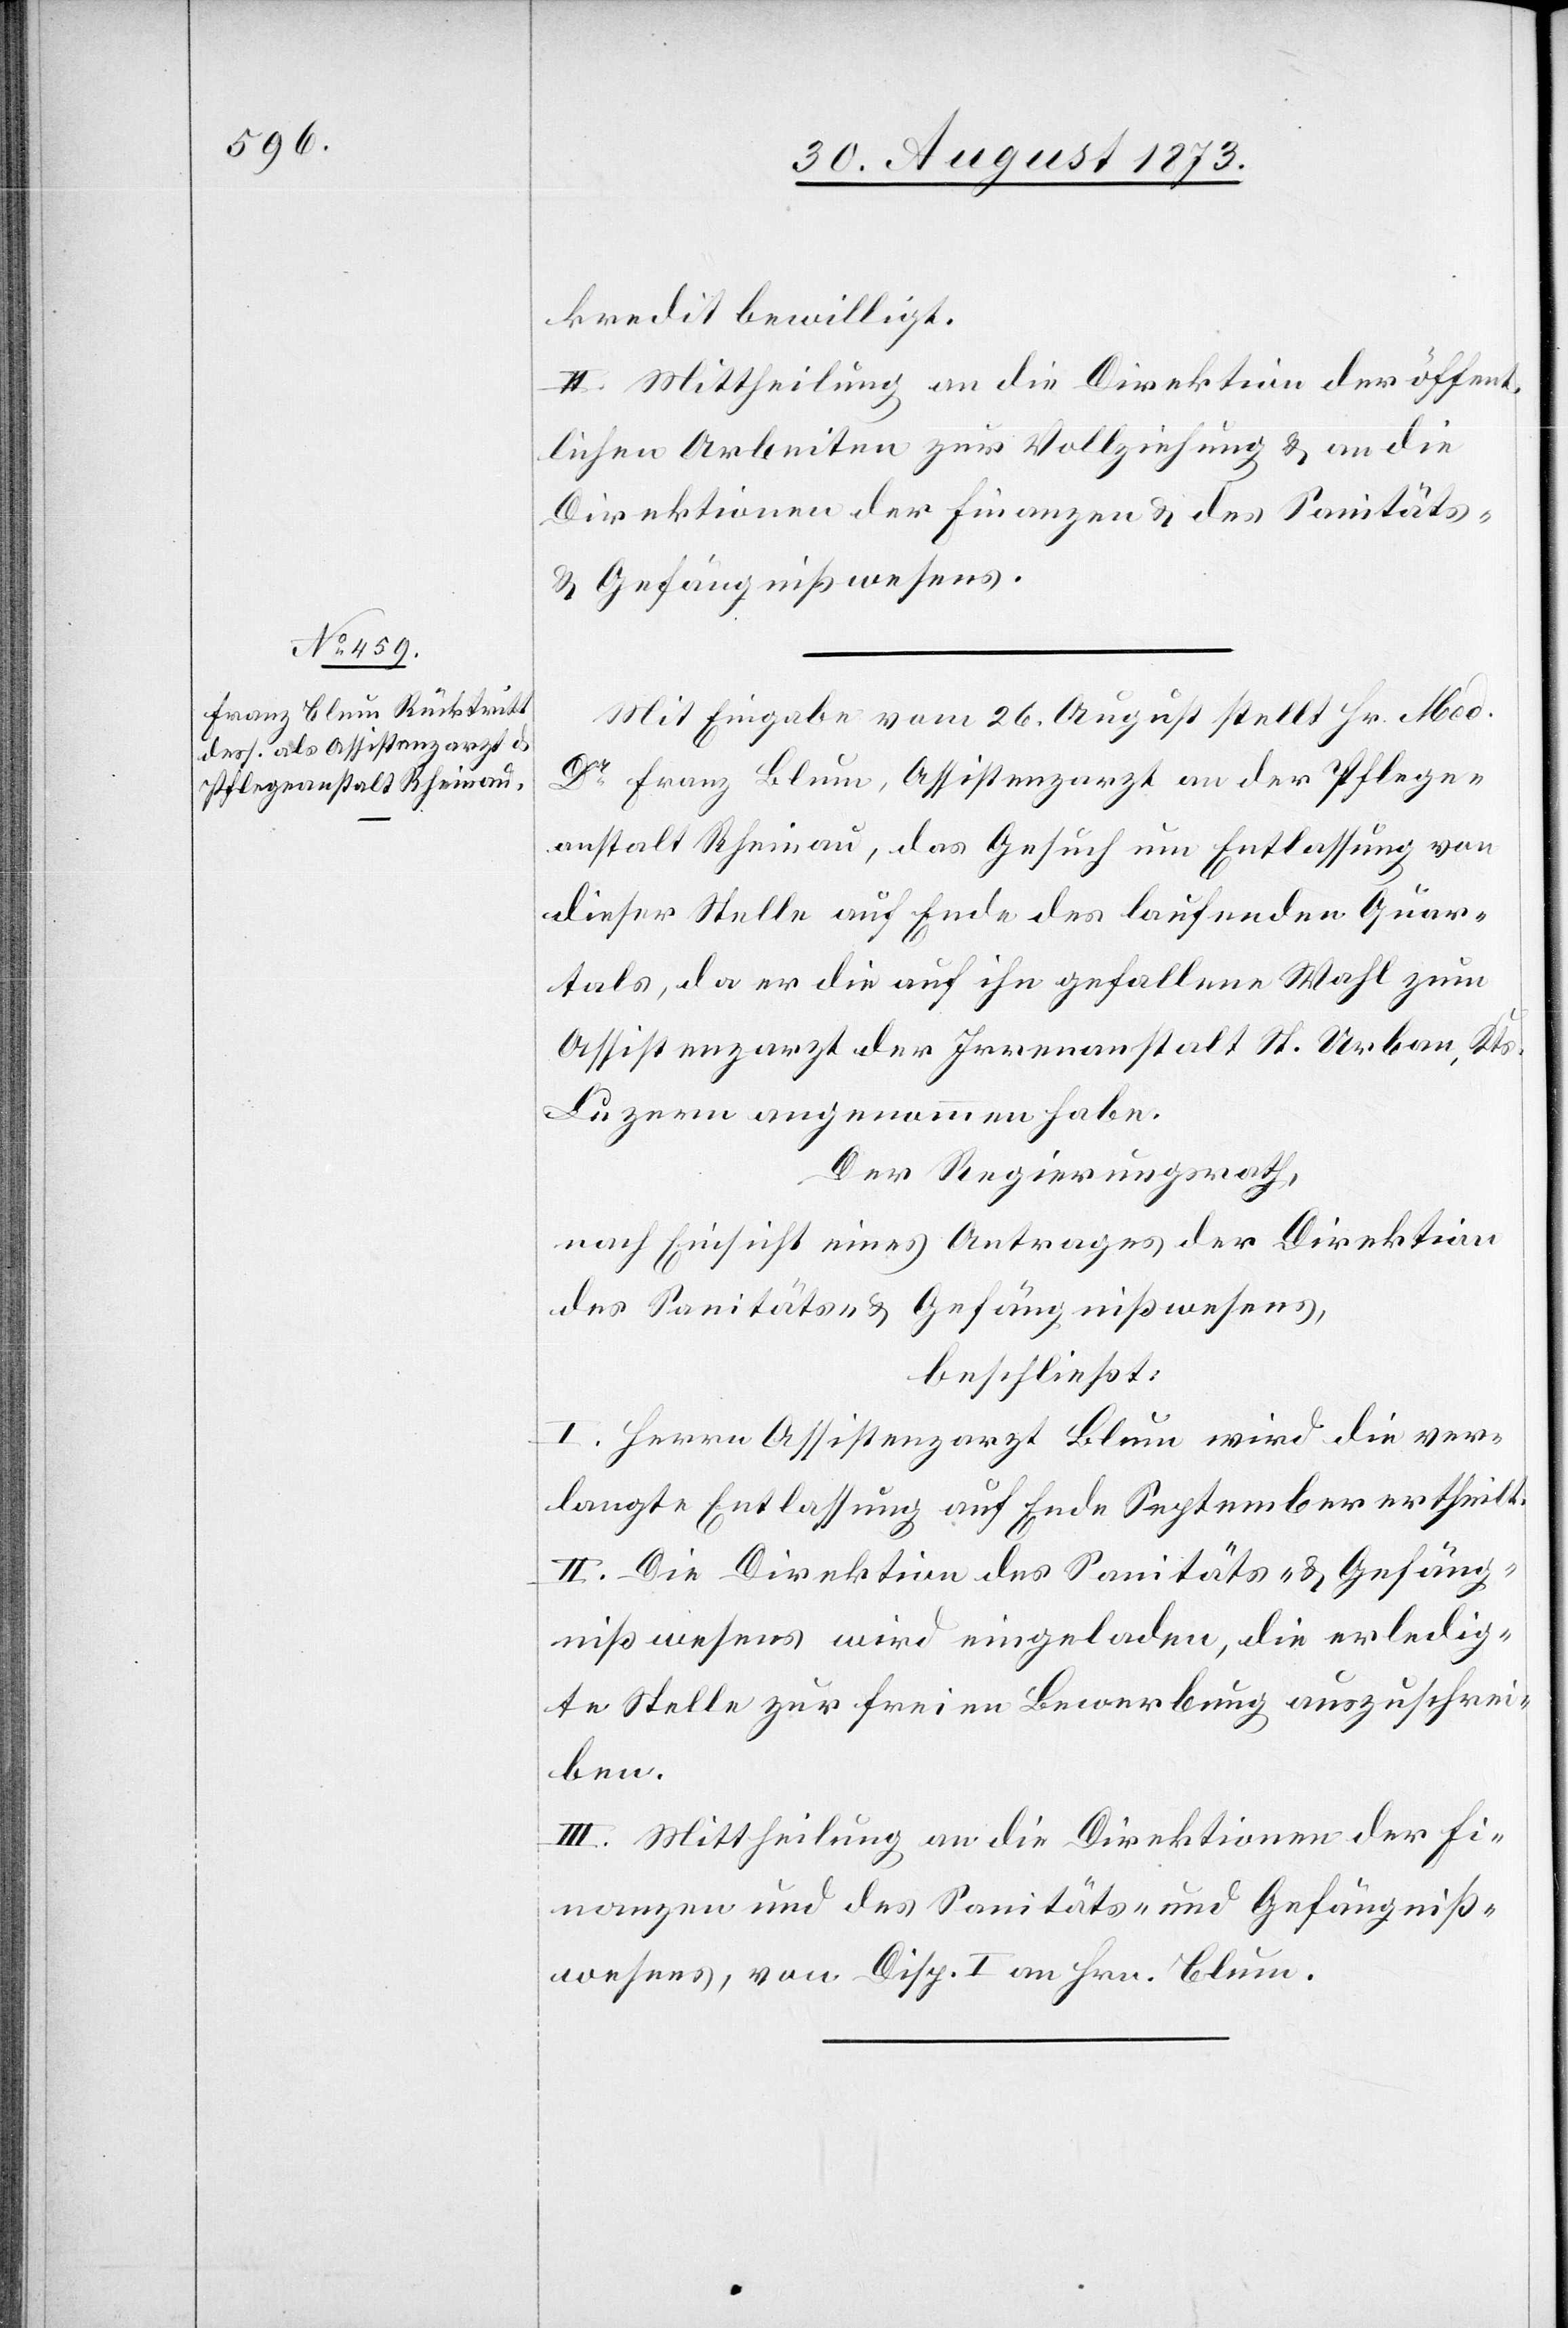
kredit bewilligt.
II. Mittheilung an die Direktion der öffent¬
lichen Arbeiten zur Vollziehung & an die
Direktionen der Finanzen & das Sanitäts-
& Gefängnißwesens.
Mit Eingabe vom 26. August stellt Hr. Med.
Dr Franz Blum, Assistenzarzt an der Pflege¬
anstalt Rheinau, das Gesuch um Entlassung von
dieser Stelle auf Ende des laufenden Quar¬
tals, da er die auf ihn gefallene Wahl zum
Assistenzarzt der Irrenanstalt St. Urban, Kts.
Luzern angenommen habe.
Der Regierungsrath,
nach Einsicht eines Antrages der Direktion
des Sanitäts- & Gefängnißwesens,
beschließt:
I. Herrn Assistenzarzt Blum wird die ver¬
langte Entlassung auf Ende September ertheilt.
II. Die Direktion des Sanitäts- & Gefäng¬
nißwesens wird eingeladen, die erledig¬
te Stelle zur freien Bewerbung auszuschrei¬
ben.
III. Mittheilung an die Direktionen der Fi¬
nanzen und des Sanitäts- und Gefängniß¬
wesens, von Disp. I an Hrn. Blum.